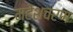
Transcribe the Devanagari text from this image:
महेशचरण